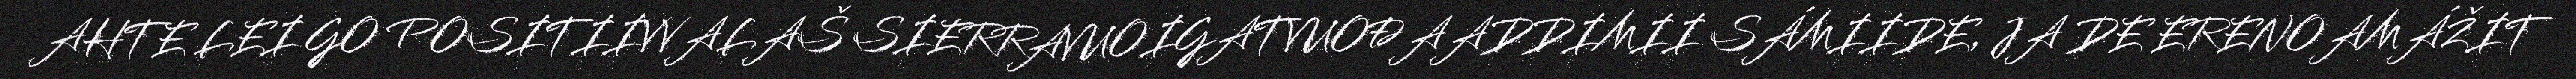
AHTE LEI GO POSITIIVVALAŠ SIERRAVUOIGATVUOĐAADDIMII SÁMIIDE, JA DE ERENOAMÁŽIT